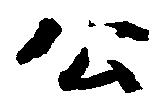
公